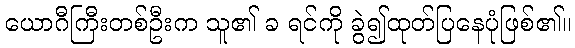
ယောဂီကြီးတစ်ဦးက သူ၏ ခ ရင်ကို ခွဲ၍ထုတ်ပြနေပုံဖြစ်၏။